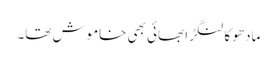
مادھو کا لنگڑا بھائی بھی خاموش تھا۔